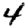
Digit: 4